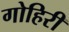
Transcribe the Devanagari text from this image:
गोहिरी